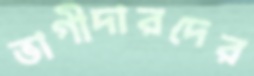
ভাগীদারদের